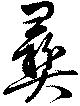
彝